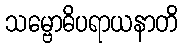
သမ္ဗောဓိပရာယနာတိ